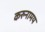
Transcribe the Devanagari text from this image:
करुनामय